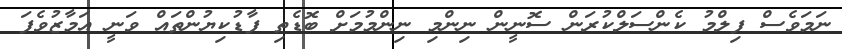
ނަމަވެސް ފިލްމު ކެންސަލްކުރަން ސޮނީން ނިންމި ނިންމުމަށް ބޮޑެތި ފާޑުކިޔުންތައް ވަނީ އަމާޒުވެފަ